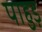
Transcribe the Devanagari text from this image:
पाहुड़